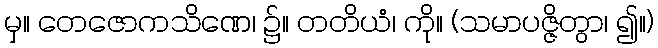
မှ။ တေဇောကသိဏေ၊ ၌။ တတိယံ၊ ကို။ (သမာပဇ္ဇိတွာ၊ ၍။)